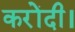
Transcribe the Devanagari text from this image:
करोंदी।